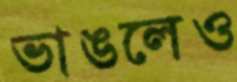
ভাঙলেও